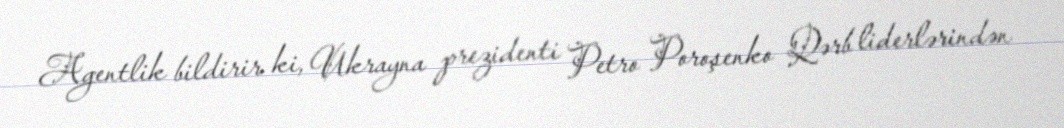
Agentlik bildirir ki, Ukrayna prezidenti Petro Poroşenko Qərb liderlərindən